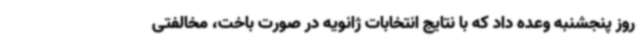
روز پنجشنبه وعده داد که با نتایج انتخابات ژانویه در صورت باخت، مخالفتی